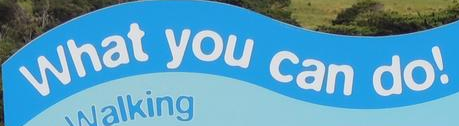
What you can do!